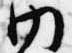
内